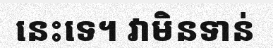
នេះទេ។ វាមិនទាន់